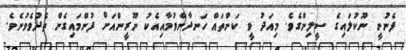
ފެނުނީ ނޫކުލައިގެ ސީލިންގެވެ. މިއަދު ވީ ކަންތައް ހަނދާންވުމާއިއެކު ނޫރީންއަށް ފުންމައިގެން ތެދުވެވުނެވެ.